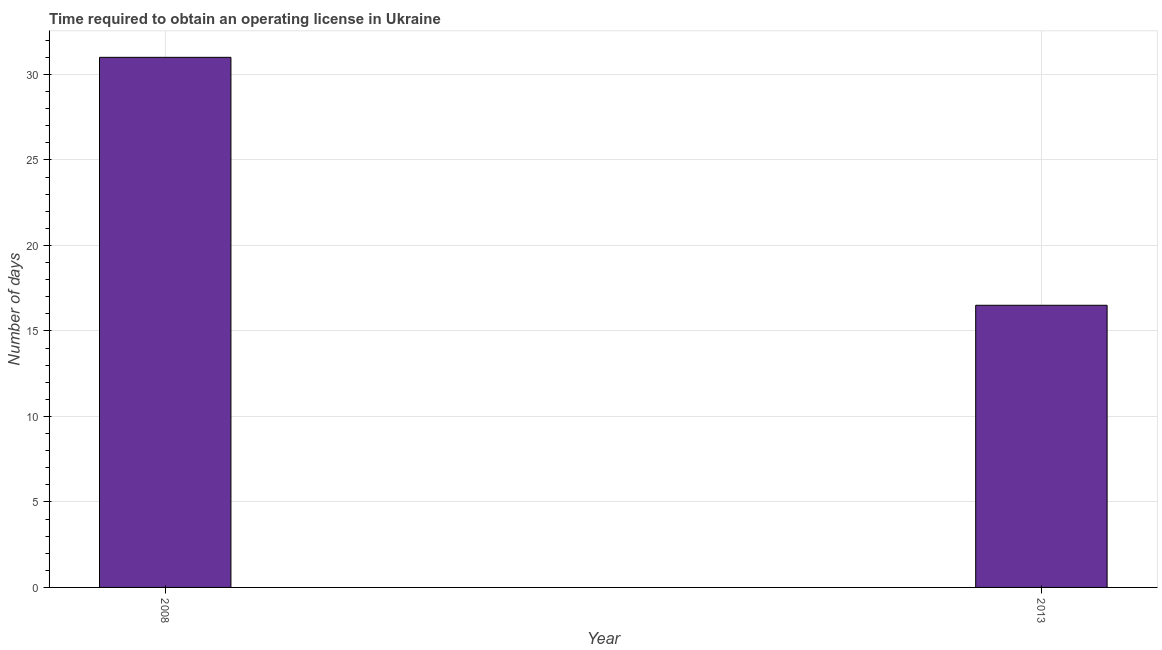
| Year | Obtain operating license |
 | --- | --- |
 | 2008 | 31 |
 | 2013 | 16.5 |